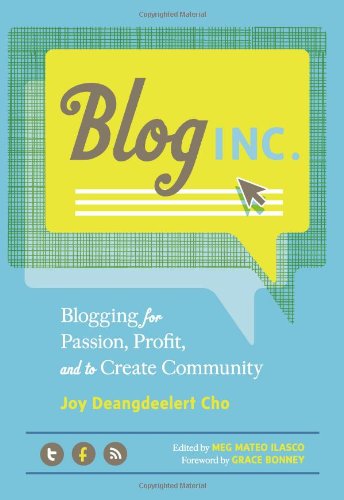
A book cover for Blog, Inc.: Blogging for Passion, Profit, and to Create Community; Joy Deangdeelert Cho; Computers & Technology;